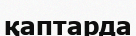
қаптарда